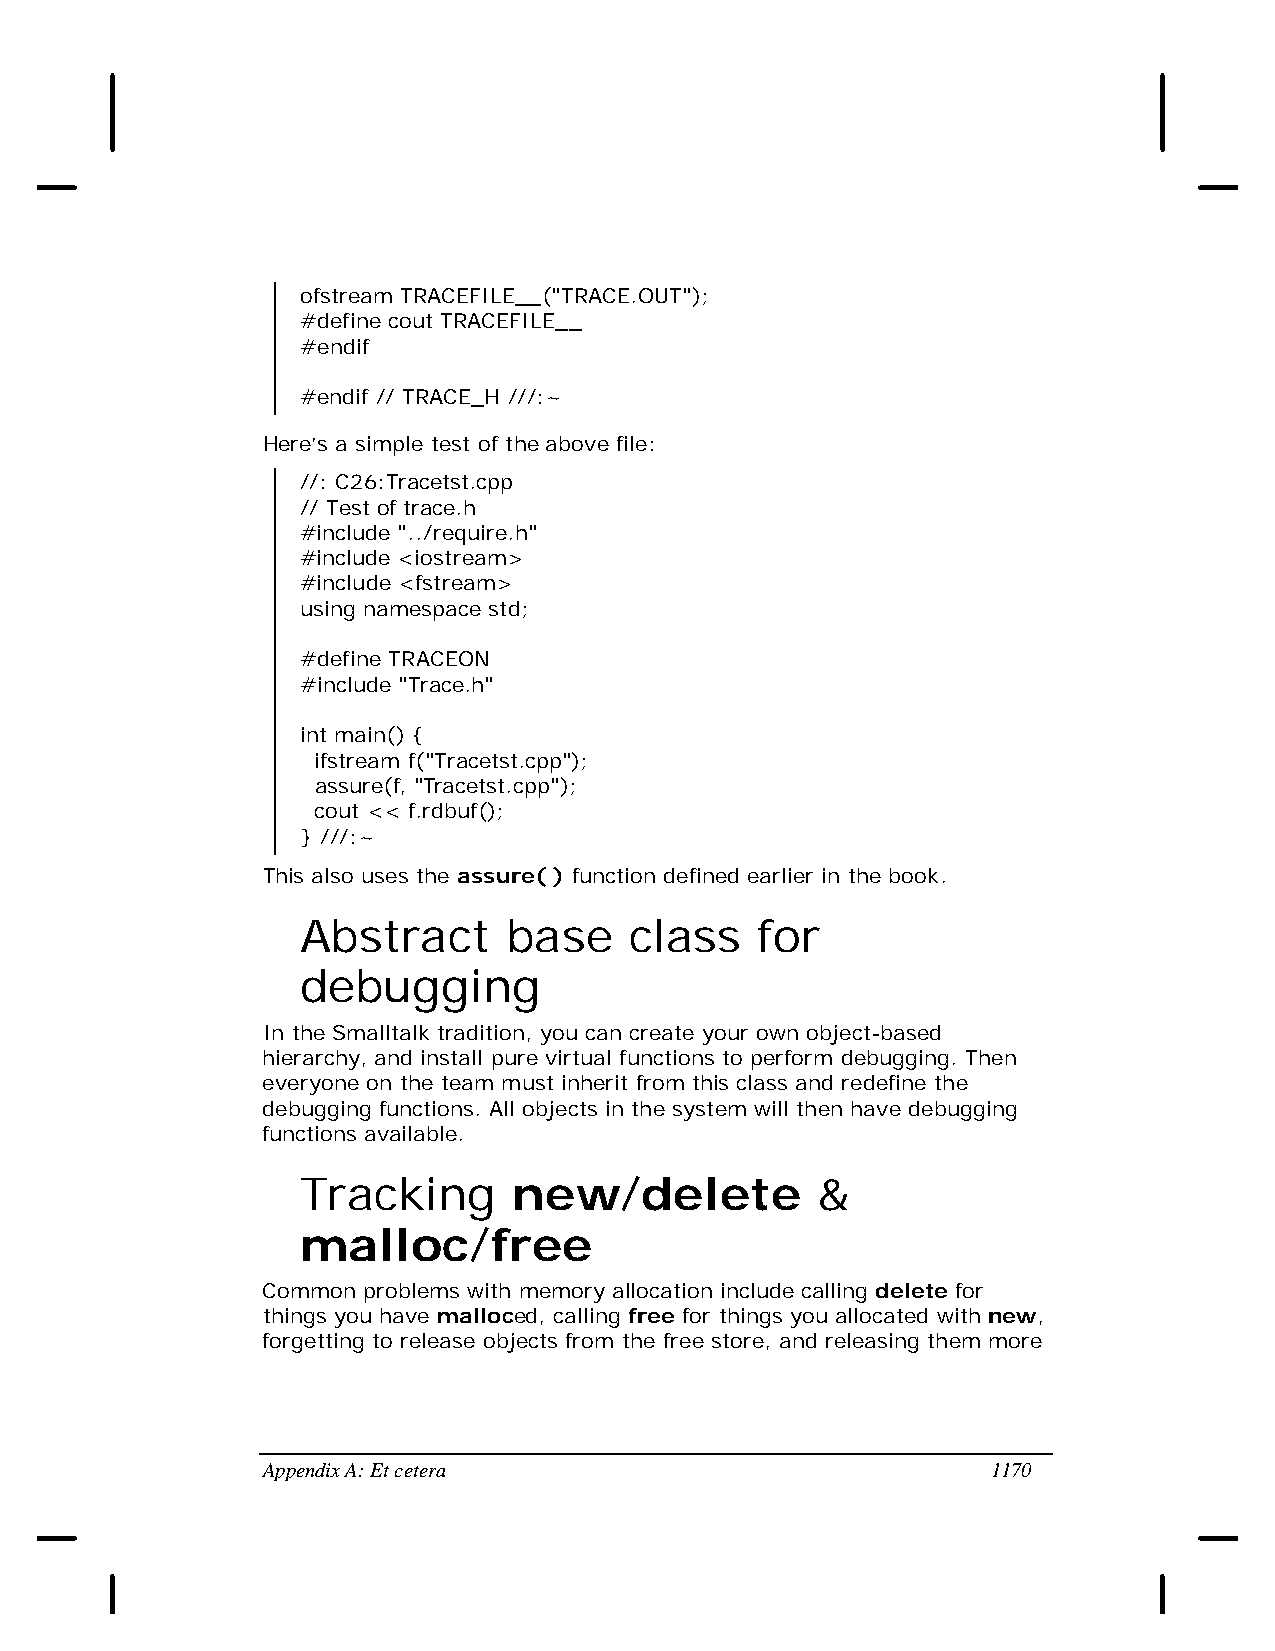
ofstream TRACEFILE__("TRACE.OUT");
 #define cout TRACEFILE__
 #endif
 #endif // TRACE_H ///:~
 Here’s a simple test of the above file:
 //: C26:Tracetst.cpp
 // Test of trace.h
 #include "../require.h"
 #include <iostream>
 #include <fstream>
 using namespace std;
 #define TRACEON
 #include "Trace.h"
 int main() {
 ifstream f("Tracetst.cpp");
 assure(f, "Tracetst.cpp");
 cout << f.rdbuf();
 } ///:~
 This also uses the assure( ) function defined earlier in the book.
 Abstract      base    class   for
 debugging
 In the Smalltalk tradition, you can create your own object-based
 hierarchy, and install pure virtual functions to perform debugging. Then
 everyone on the team must inherit from this class and redefine the
 debugging functions. All objects in the system will then have debugging
 functions available.
 Tracking      new/delete          &
 malloc/free
 Common problems with memory allocation include calling delete for
 things you have malloced, calling free for things you allocated with new,
 forgetting to release objects from the free store, and releasing them more
 Appendix A: Et cetera                            1170